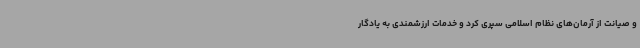
و صیانت از آرمان‌های نظام اسلامی سپری کرد و خدمات ارزشمندی به یادگار